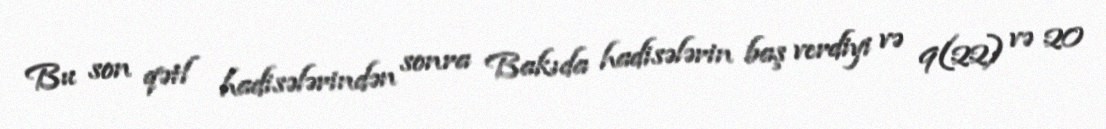
Bu son qətl hadisələrindən sonra Bakıda hadisələrin baş verdiyi və 9(22) və 20